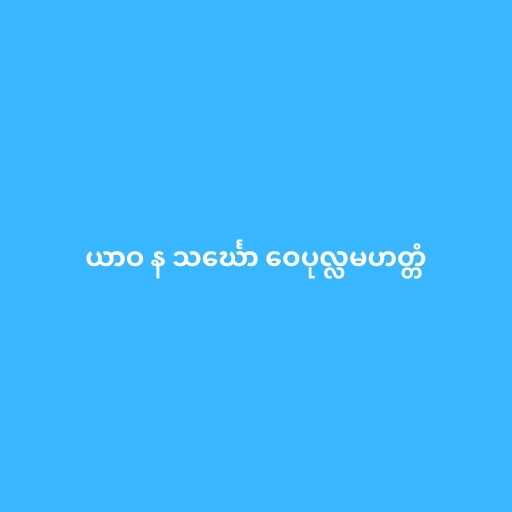
ယာဝ န သင်္ဃော ဝေပုလ္လမဟတ္တံ